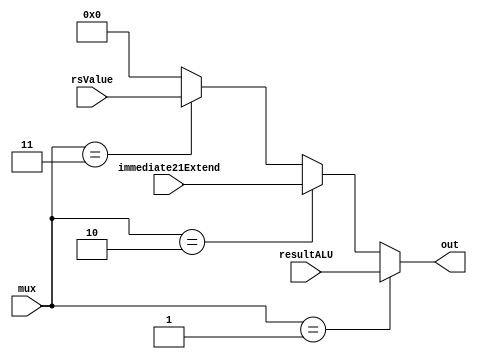
module muxOperandOut(
	mux,
	resultALU,
	immediate21Extend,
	rsValue,
	out
);

	input [31:0] resultALU, immediate21Extend, rsValue;
	input [3:0] mux;
	output reg [31:0] out;
	always @ (*) begin
		if(mux == 4'd1)
			out = resultALU;
		else if(mux == 4'd2)
			out = immediate21Extend;
		else if(mux == 4'd3)
			out = rsValue;
		else
			out = 32'd0;
	end

endmodule